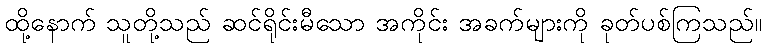
ထို့နောက် သူတို့သည် ဆင်ရိုင်းမီသော အကိုင်း အခက်များကို ခုတ်ပစ်ကြသည်။